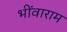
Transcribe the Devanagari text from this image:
भींवाराम